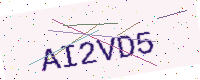
Text: AI2VD5